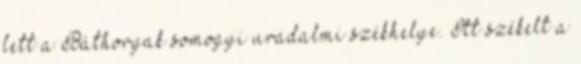
lett a Báthoryak somogyi uradalmi székhelye. Itt székelt a